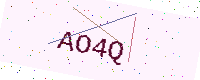
Text: AO4Q